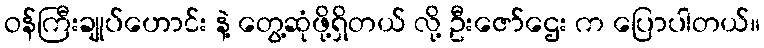
ဝန်ကြီးချုပ်ဟောင်း နဲ့ တွေ့ဆုံဖို့ရှိတယ် လို့ ဦးဇော်ဌေး က ပြောပါတယ်။